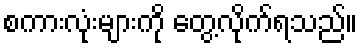
စကားလုံးများကို တွေ့လိုက်ရသည်။